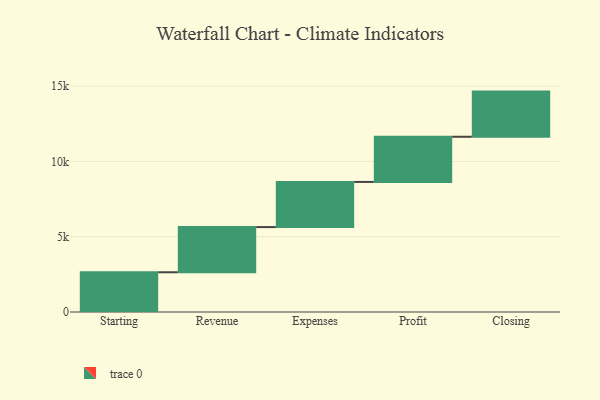
{"axis": {"x": "Step", "y": "Value"}, "legend": [""], "data": [{"x": "Starting", "y": 2640.0, "type": ""}, {"x": "Revenue", "y": 3000, "type": ""}, {"x": "Expenses", "y": 3000, "type": ""}, {"x": "Profit", "y": 3000, "type": ""}, {"x": "Closing", "y": 3000, "type": ""}]}